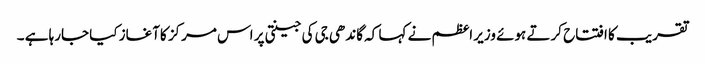
تقریب کا افتتاح کرتے ہوئے وزیر اعظم نے کہا کہ گاندھی جی کی جینتی پر اس مرکز کاآغاز کیا جارہا ہے ۔